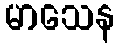
မာသေန